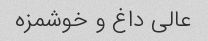
عالی داغ و خوشمزه